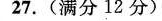
27.(满分12分)